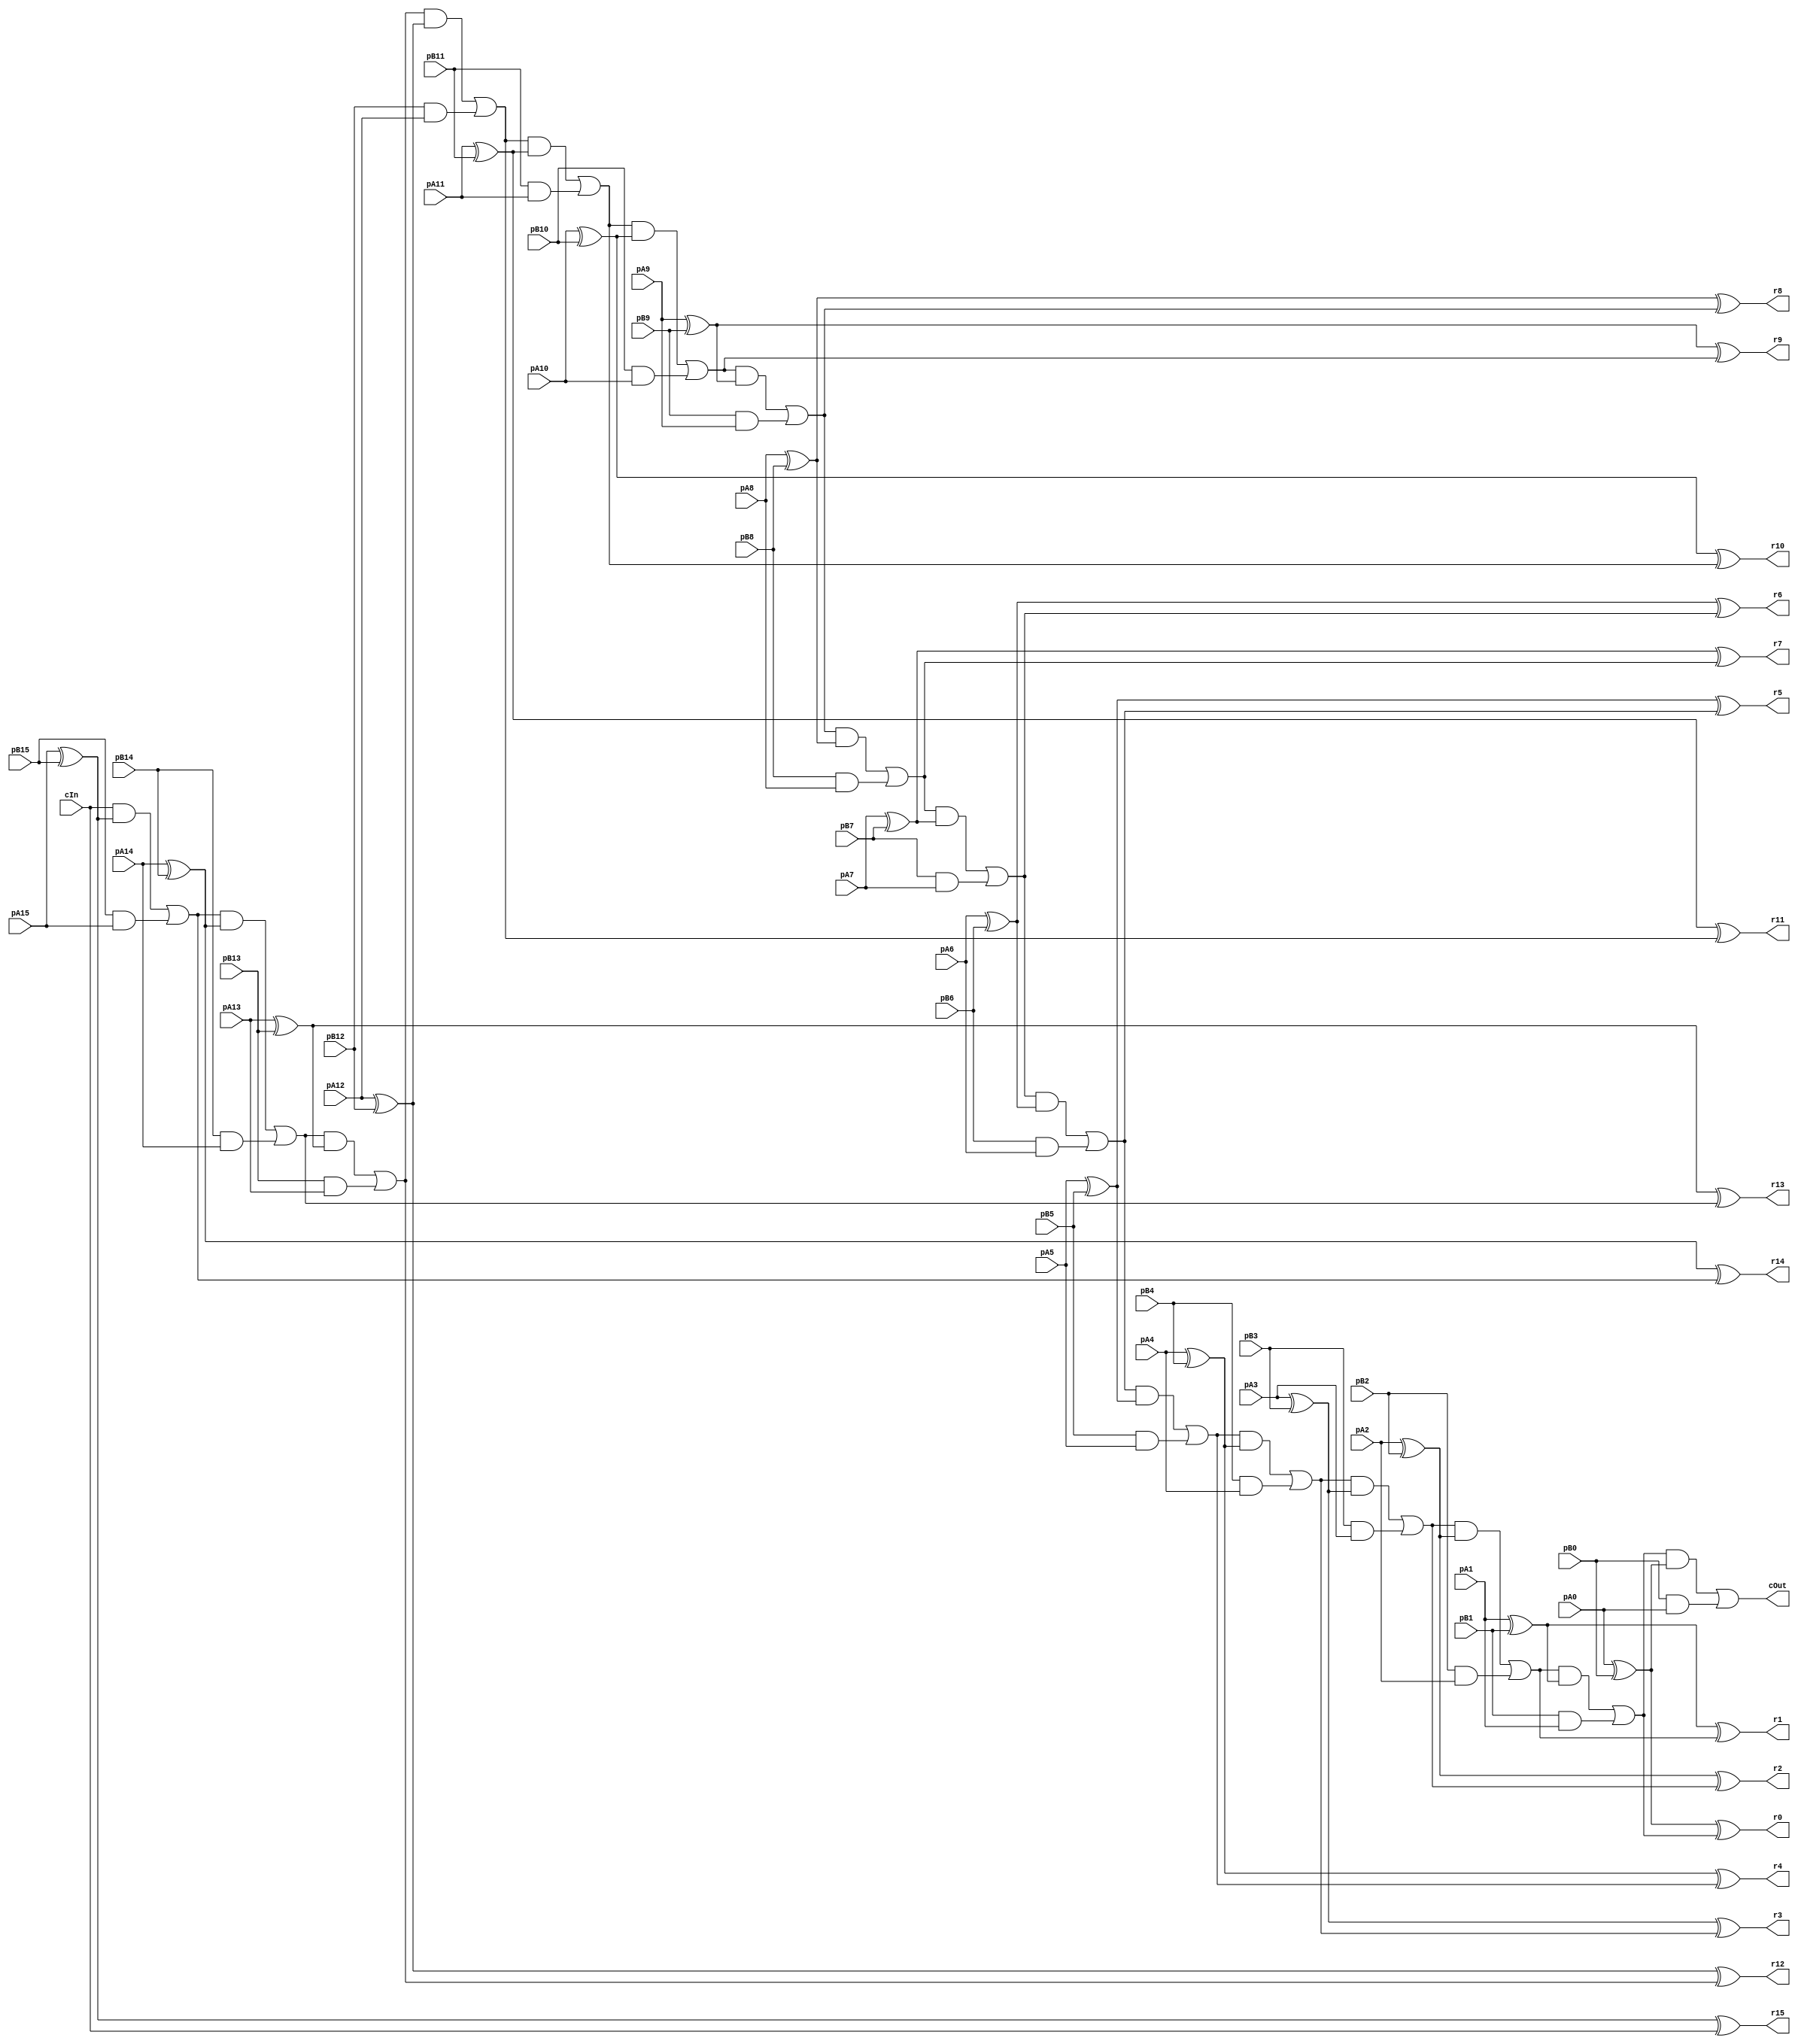
module CRippleCarryAdder_16_16_16_InOutT(pA15,pA14,pA13,pA12,pA11,pA10,pA9,pA8,pA7,pA6,pA5,pA4,pA3,pA2,pA1,pA0, pB15,pB14,pB13,pB12,pB11,pB10,pB9,pB8,pB7,pB6,pB5,pB4,pB3,pB2,pB1,pB0, r15,r14,r13,r12,r11,r10,r9,r8,r7,r6,r5,r4,r3,r2,r1,r0, cIn, cOut);

input pA15,pA14,pA13,pA12,pA11,pA10,pA9,pA8,pA7,pA6,pA5,pA4,pA3,pA2,pA1,pA0, pB15,pB14,pB13,pB12,pB11,pB10,pB9,pB8,pB7,pB6,pB5,pB4,pB3,pB2,pB1,pB0, cIn;
output r15,r14,r13,r12,r11,r10,r9,r8,r7,r6,r5,r4,r3,r2,r1,r0, cOut;
wire w1, w2, w3, w4, w5, w6, w7, w8, w9, w10, w11, w12, w13, w14, w15, w16, w17, w18, w19, w20, w21, w22, w23, w24, w25, w26, w27, w28, w29, w30, w31, w32, w33, w34, w35, w36, w37, w38, w39, w40, w41, w42, w43, w44, w45, w46, w47, w48, w49, w50, w51, w52, w53, w54, w55, w56, w57, w58, w59, w60, w61, w62, w63, w64, w65, w66, w67, w68, w69, w70, w71, w72, w73, w74, w75, w76, w77, w78, w79, w80, w81, w82, w83, w84, w85, w86, w87, w88, w89, w90, w91, w92, w93, w94, w95, w96, w97, w98, w99, w100, w101, w102, w103, w104, w105, w106, w107, w108, w109, w110, w111, w112, w113, w114;

assign w1 = pA15;
assign w2 = pA14;
assign w3 = pA13;
assign w4 = pA12;
assign w5 = pA11;
assign w6 = pA10;
assign w7 = pA9;
assign w8 = pA8;
assign w9 = pA7;
assign w10 = pA6;
assign w11 = pA5;
assign w12 = pA4;
assign w13 = pA3;
assign w14 = pA2;
assign w15 = pA1;
assign w16 = pA0;
assign w17 = pB15;
assign w18 = pB14;
assign w19 = pB13;
assign w20 = pB12;
assign w21 = pB11;
assign w22 = pB10;
assign w23 = pB9;
assign w24 = pB8;
assign w25 = pB7;
assign w26 = pB6;
assign w27 = pB5;
assign w28 = pB4;
assign w29 = pB3;
assign w30 = pB2;
assign w31 = pB1;
assign w32 = pB0;
assign r15 = w33;
assign r14 = w34;
assign r13 = w35;
assign r12 = w36;
assign r11 = w37;
assign r10 = w38;
assign r9 = w39;
assign r8 = w40;
assign r7 = w41;
assign r6 = w42;
assign r5 = w43;
assign r4 = w44;
assign r3 = w45;
assign r2 = w46;
assign r1 = w47;
assign r0 = w48;
assign w50 = cIn;
assign cOut = w49;

assign w53 = w1 ^ w17;
assign w33 = w53 ^ w50;
assign w54 = w50 & w53;
assign w55 = w17 & w1;
assign w52 = w54 | w55;
assign w57 = w2 ^ w18;
assign w34 = w57 ^ w52;
assign w58 = w52 & w57;
assign w59 = w18 & w2;
assign w56 = w58 | w59;
assign w61 = w3 ^ w19;
assign w35 = w61 ^ w56;
assign w62 = w56 & w61;
assign w63 = w19 & w3;
assign w60 = w62 | w63;
assign w65 = w4 ^ w20;
assign w36 = w65 ^ w60;
assign w66 = w60 & w65;
assign w67 = w20 & w4;
assign w64 = w66 | w67;
assign w69 = w5 ^ w21;
assign w37 = w69 ^ w64;
assign w70 = w64 & w69;
assign w71 = w21 & w5;
assign w68 = w70 | w71;
assign w73 = w6 ^ w22;
assign w38 = w73 ^ w68;
assign w74 = w68 & w73;
assign w75 = w22 & w6;
assign w72 = w74 | w75;
assign w77 = w7 ^ w23;
assign w39 = w77 ^ w72;
assign w78 = w72 & w77;
assign w79 = w23 & w7;
assign w76 = w78 | w79;
assign w81 = w8 ^ w24;
assign w40 = w81 ^ w76;
assign w82 = w76 & w81;
assign w83 = w24 & w8;
assign w80 = w82 | w83;
assign w85 = w9 ^ w25;
assign w41 = w85 ^ w80;
assign w86 = w80 & w85;
assign w87 = w25 & w9;
assign w84 = w86 | w87;
assign w89 = w10 ^ w26;
assign w42 = w89 ^ w84;
assign w90 = w84 & w89;
assign w91 = w26 & w10;
assign w88 = w90 | w91;
assign w93 = w11 ^ w27;
assign w43 = w93 ^ w88;
assign w94 = w88 & w93;
assign w95 = w27 & w11;
assign w92 = w94 | w95;
assign w97 = w12 ^ w28;
assign w44 = w97 ^ w92;
assign w98 = w92 & w97;
assign w99 = w28 & w12;
assign w96 = w98 | w99;
assign w101 = w13 ^ w29;
assign w45 = w101 ^ w96;
assign w102 = w96 & w101;
assign w103 = w29 & w13;
assign w100 = w102 | w103;
assign w105 = w14 ^ w30;
assign w46 = w105 ^ w100;
assign w106 = w100 & w105;
assign w107 = w30 & w14;
assign w104 = w106 | w107;
assign w109 = w15 ^ w31;
assign w47 = w109 ^ w104;
assign w110 = w104 & w109;
assign w111 = w31 & w15;
assign w108 = w110 | w111;
assign w112 = w16 ^ w32;
assign w48 = w112 ^ w108;
assign w113 = w108 & w112;
assign w114 = w32 & w16;
assign w49 = w113 | w114;

endmodule